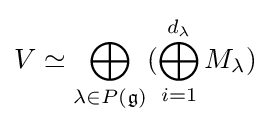
V\simeq \bigoplus _{\lambda \in P({\mathfrak {g}})}(\bigoplus _{i=1}^{d_{\lambda }}M_{\lambda })